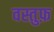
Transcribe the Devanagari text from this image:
वस्तुफ़